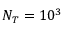
N _ { T } = 1 0 ^ { 3 }